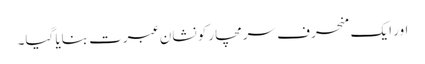
اور ایک منحرف سرمچار کو نشان عبرت بنایا گیا۔